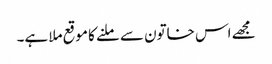
مجھے اس خاتون سے ملنے کا موقع ملا ہے۔